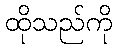
ထိုသည်ကို